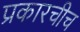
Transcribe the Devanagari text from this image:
प्रकारचीच